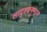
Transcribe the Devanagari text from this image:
सादृश्यनुमान